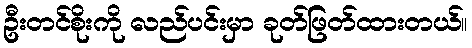
ဦးတင်စိုးကို လည်ပင်းမှာ ခုတ်ဖြတ်ထားတယ်။